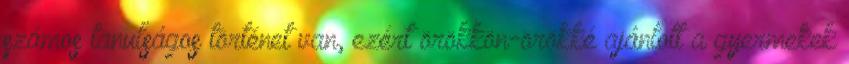
számos tanulságos történet van, ezért örökkön-örökké ajánlott a gyermekek